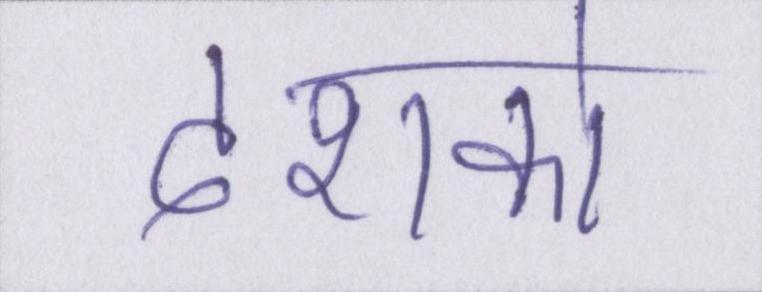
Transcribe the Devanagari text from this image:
दशको